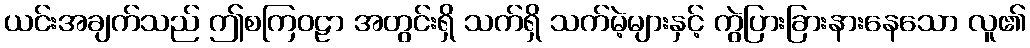
ယင်းအချက်သည် ဤစကြဝဠာ အတွင်းရှိ သက်ရှိ သက်မဲ့များနှင့် ကွဲပြားခြားနားနေသော လူ၏